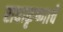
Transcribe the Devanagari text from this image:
राधाकृष्णाचे